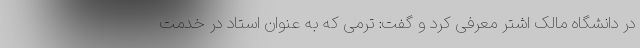
در دانشگاه مالک اشتر معرفی کرد و گفت: ترمی که به عنوان استاد در خدمت